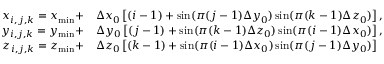
\begin{array} { r l } { x _ { i , j , k } = x _ { \operatorname* { m i n } } + } & { \Delta x _ { 0 } \left[ ( i - 1 ) + \sin ( \pi ( j - 1 ) \Delta y _ { 0 } ) \sin ( \pi ( k - 1 ) \Delta z _ { 0 } ) \right] , } \\ { y _ { i , j , k } = y _ { \operatorname* { m i n } } + } & { \Delta y _ { 0 } \left[ ( j - 1 ) + \sin ( \pi ( k - 1 ) \Delta z _ { 0 } ) \sin ( \pi ( i - 1 ) \Delta x _ { 0 } ) \right] , } \\ { z _ { i , j , k } = z _ { \operatorname* { m i n } } + } & { \Delta z _ { 0 } \left[ ( k - 1 ) + \sin ( \pi ( i - 1 ) \Delta x _ { 0 } ) \sin ( \pi ( j - 1 ) \Delta y _ { 0 } ) \right] } \end{array}